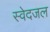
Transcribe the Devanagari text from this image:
स्वेदजल